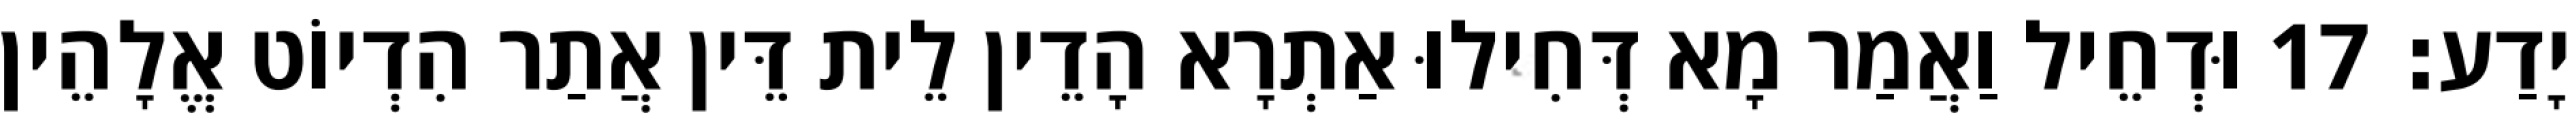
יָדַע׃ 17 וּדְחֵיל וַאֲמַר מָא דְּחִילוּ אַתְרָא הָדֵין לֵית דֵּין אֲתַר הִדְיוֹט אֱלָהֵין